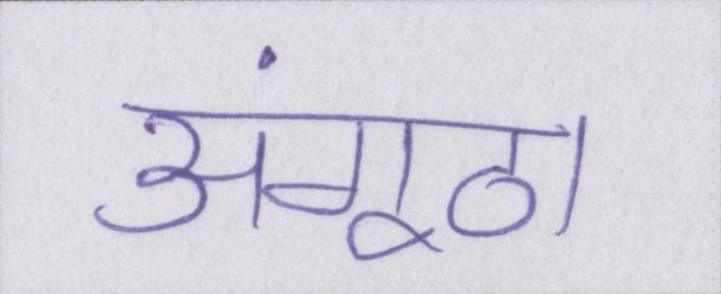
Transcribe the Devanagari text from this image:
अंगूठा